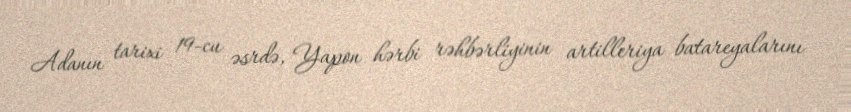
Adanın tarixi 19-cu əsrdə, Yapon hərbi rəhbərliyinin artilleriya batareyalarını